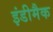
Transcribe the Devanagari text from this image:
इंडीमैक